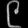
Digit: ၉